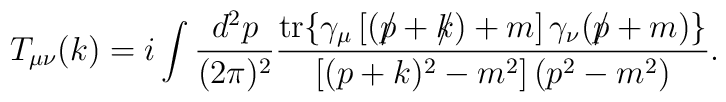
T_{\mu\nu}(k)=i\int \frac{d^2p}{(2\pi )^2} \frac{{\rm tr}\{ \gamma_{\mu}\left[ (p\!\!\!\slash +k\!\!\!\slash) + m\right]\gamma_{\nu}(p\!\!\!\slash +m)\} }{\left[ (p+k)^2 -m^2\right] (p^2 - m^2 ) }.